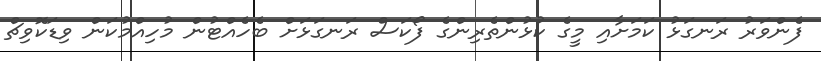
ފެންވަރު ރަނގަޅު ކަމަށާއި މީގެ ކުޅުންތެރިންގެ ފޯކަސް ރަނގަޅަށް ބެހެއްޓުން މުހިއްމުކަން ވިޑަކޮވިޗް